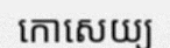
កោសេយ្យ